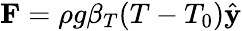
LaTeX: \mathbf{F}=\rho g\beta_{T}(T-T_{0})\hat{\mathbf{y}}